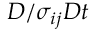
{ D } / \sigma _ { i j } { D } t